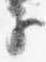
子